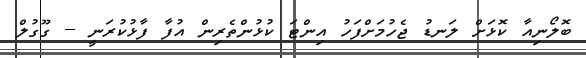
ބޮލޯނިއާ ކޮޅަށް ލަނޑު ޖެހުމަށްފަހު އިންޓަ ކުޅުންތެރިން އުފާ ފާޅުކުރަނީ -- ގޫގުލް